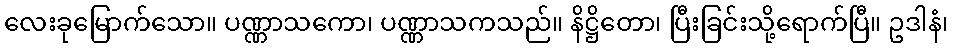
လေးခုမြောက်သော။ ပဏ္ဏာသကော၊ ပဏ္ဏာသကသည်။ နိဋ္ဌိတော၊ ပြီးခြင်းသို့ရောက်ပြီ။ ဥဒါနံ၊